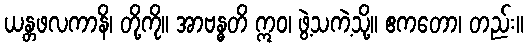
ယန္တဖလကာနိ၊ တို့ကို။ အာဗန္ဓတိ ဣဝ၊ ဖွဲ့သကဲ့သို့။ ဧကတော၊ တည်း။